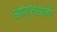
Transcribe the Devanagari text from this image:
अण्शधारी